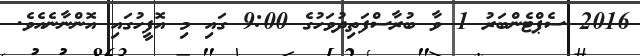
2016 ސެޕްޓެންބަރު 1 ވާ ބުރާސްފަތިދުވަހުގެ 9:00 ގައި މި އޮފީހުގައި އޮންނާނެއެވެ.